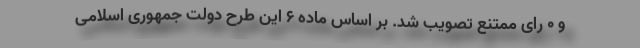
و ۰ رای ممتنع تصویب شد. بر اساس ماده ۶ این طرح دولت جمهوری اسلامی